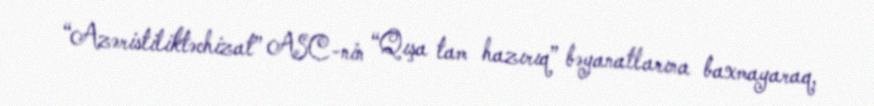
“Azəristiliktəchizat” ASC-nin “Qışa tam hazırıq” bəyanatlarına baxmayaraq,